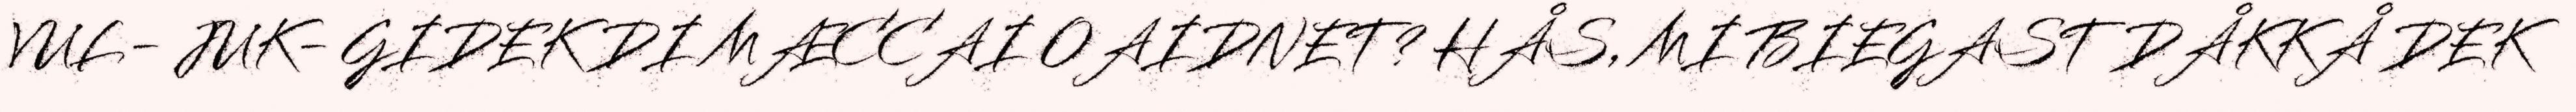
VUL- JUK- GIDEK DI MÆCCAI OAIDNET? HÅS, MI BIEGAST DÅKKÅ DEK